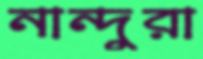
নান্দুরা